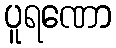
ပူရဏော